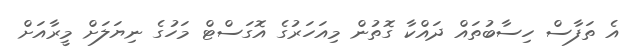
އެ ތަފާސް ހިސާބުތައް ދައްކާ ގޮތުން މިއަހަރުގެ އޮގަސްޓް މަހުގެ ނިޔަލަށް މީރާއަށް